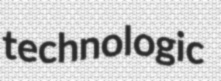
technologic